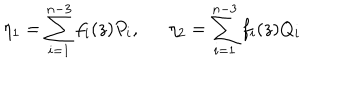
\eta _ { 1 } = \sum _ { i = 1 } ^ { n - 3 } f _ { i } ( z ) P _ { i } , \eta _ { 2 } = \sum _ { i = 1 } ^ { n - 3 } f _ { i } ( z ) Q _ { i }